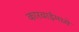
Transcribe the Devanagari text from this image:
कारवाईमध्ये